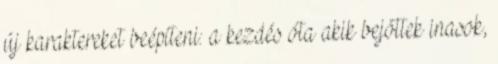
új karaktereket beépíteni: a kezdés óta akik bejöttek inasok,